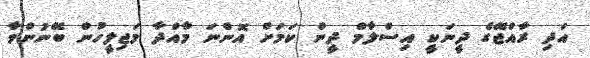
އަދި ރާއްޖޭގެ ދީނަކީ އިސްލާމް ދީން ކަމަށް އޮންނަ މާއްދާ މަޖިލީހުން ބޭނުންވާ